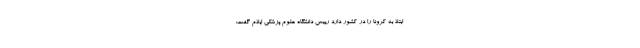
ابتلا به کرونا را در کشور دارد رییس دانشگاه علوم پزشکی ایلام گفت: